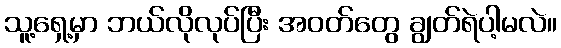
သူ့ရှေ့မှာ ဘယ်လိုလုပ်ပြီး အဝတ်တွေ ချွတ်ရဲပါ့မလဲ။